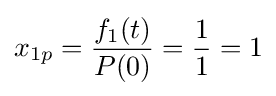
x_{1p}={\frac {f_{1}(t)}{P(0)}}={\frac {1}{1}}=1